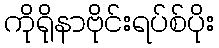
ကိုရိုနာဗိုင်းရပ်စ်ပိုး